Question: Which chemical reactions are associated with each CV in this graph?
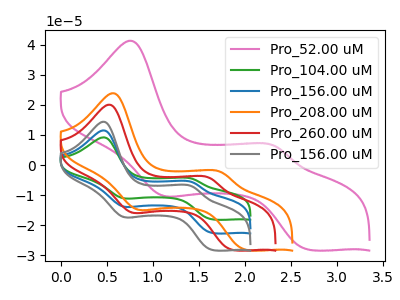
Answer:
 <answer>The pink curve is labeled "Pro_52.00 uM". The green curve is labeled "Pro_104.00 uM". The blue curve is labeled "Pro_156.00 uM". The orange curve is labeled "Pro_208.00 uM". The red curve is labeled "Pro_260.00 uM". The gray curve is labeled "Pro_156.00 uM".</answer>
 <eval></eval>